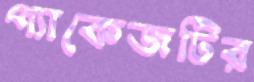
প্যাকেজটির